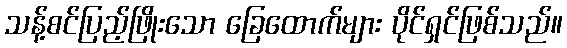
သန့်စင်ပြည့်ဖြိုးသော ခြေထောက်များ ပိုင်ရှင်ဖြစ်သည်။